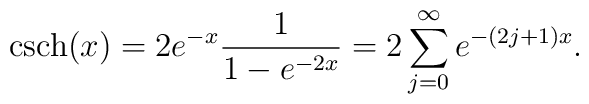
{\rm csch} (x) = 2 e^{-x} \frac{1}{1 - e^{-2x}} = 2 \sum_{j = 0}^{\infty}e^{- (2j +1) x}.